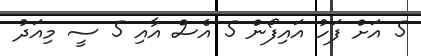
5 އަށް ފަހު އައިފޯން 5 އެސް އާއި 5 ސީ މިއަދު